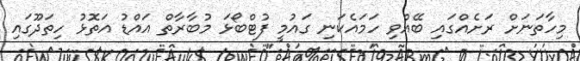
މިހާތަނަށް ރަށެއްގައި ބޭއްވި ހަމައެކަނި ގައުމީ ފުޓްބޯޅަ މުބާރާތް އައްޑު އަތޮޅު ހިތަދޫގައި